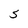
Character: S